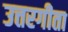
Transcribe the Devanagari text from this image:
उत्तरगीता